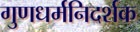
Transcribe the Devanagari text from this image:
गुणधर्मनिदर्शक